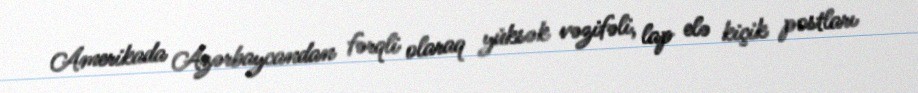
Amerikada Azərbaycandan fərqli olaraq yüksək vəzifəli, lap elə kiçik postları